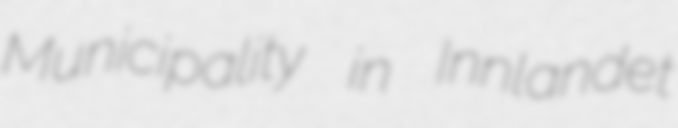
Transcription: Municipality in Innlandet